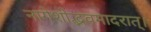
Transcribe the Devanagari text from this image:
नागेशोद्भवमादरात्‌।